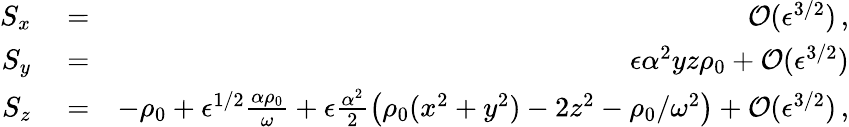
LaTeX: \begin{array}{rlr}{S_{x}}&{{}=}&{\mathcal{O}(\epsilon^{3/2})\, ,}\\ {S_{y}}&{{}=}&{\epsilon\alpha^{2}yz\rho_{0}+\mathcal{O}(\epsilon^{3/2})}\\ {S_{z}}&{{}=}&{-\rho_{0}+\epsilon^{1/2}\frac{\alpha\rho_{0}}{\omega}+\epsilon\frac{\alpha^{2}}{2}\left(\rho_{0}(x^{2}+y^{2})-2z^{2}-\rho_{0}/\omega^{2}\right)+\mathcal{O}(\epsilon^{3/2})\, ,}\end{array}